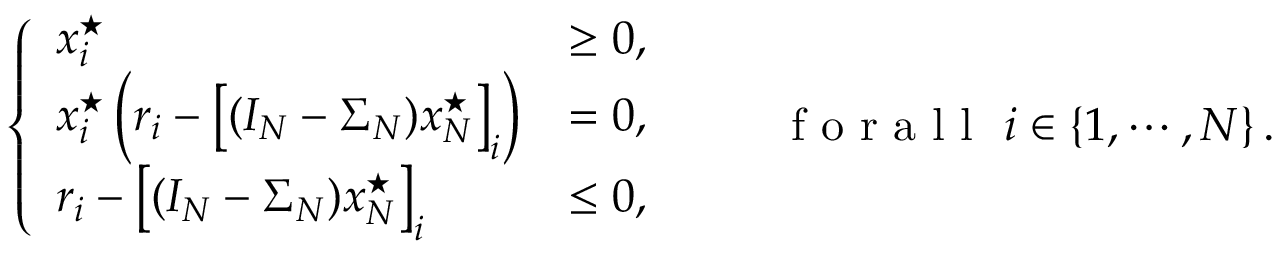
\left\{ \begin{array} { l l } { x _ { i } ^ { \star } } & { \ge 0 , } \\ { x _ { i } ^ { \star } \left( r _ { i } - \left[ ( I _ { N } - \Sigma _ { N } ) \boldsymbol { x } _ { N } ^ { \star } \right] _ { i } \right) } & { = 0 , } \\ { r _ { i } - \left[ ( I _ { N } - \Sigma _ { N } ) \boldsymbol { x } _ { N } ^ { \star } \right] _ { i } } & { \le 0 , } \end{array} \right. \qquad \textrm { f o r a l l } \ i \in \{ 1 , \cdots , N \} \, .